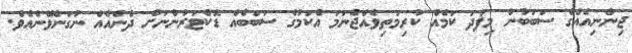
ޖިންނިއެއްގެ ސަބަބުން މިފަދަ ކަމެއް ކުރިމަތިވެއްޖެނަމަ އެކަމުގެ ސަބަބެއް ޑޮކްޓަރުންނަށް ދެނެއެއް ނުގަނެވޭނެއެވެ.